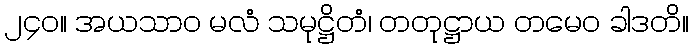
၂၄၀။ အယသာဝ မလံ သမုဋ္ဌိတံ၊ တတုဋ္ဌာယ တမေဝ ခါဒတိ။